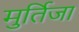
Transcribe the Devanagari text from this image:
मुर्तिजा